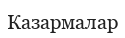
Казармалар